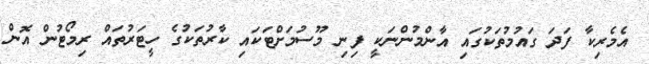
އެމެރިކާ ފަދަ ގައުމުތަކުގައި އާންމުންނަކީ ފިނި މޫސުމަށްޓަކައި ކާރުތަކުގެ ހީޓަރުތައް ރިމޯޓުން އޮން